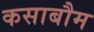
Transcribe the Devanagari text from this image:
कसाबौम